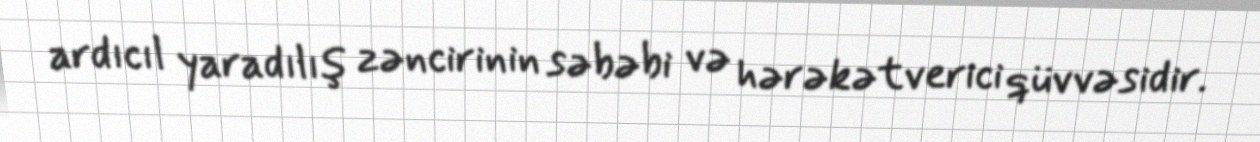
ardıcıl yaradılış zəncirinin səbəbi və hərəkətverici qüvvəsidir.